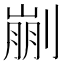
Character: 剻